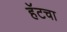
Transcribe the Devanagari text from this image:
हॅटचा